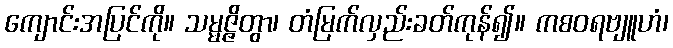
ကျောင်းအပြင်ကို။ သမ္မဇ္ဇိတွာ၊ တံမြက်လှည်းခတ်ကုန်၍။ ကစဝရဗျူဟံ၊